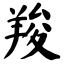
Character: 羧